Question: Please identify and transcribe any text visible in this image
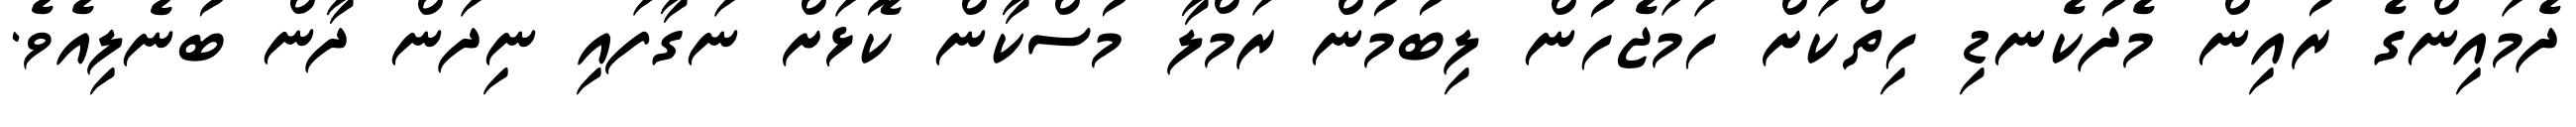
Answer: ދެމައިންގެ ރުއިން މެދުކެނޑި ހިތްކަށް ހަމަޖެހުން ލިބުމުން ރަމްލާ މުސްކާން ކޮޅަށް ނަގާފައި ނިދަން ދާން ބުނެލިއެވެ.